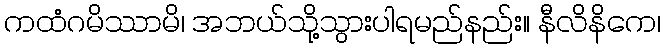
ကထံဂမိဿာမိ၊ အဘယ်သို့သွားပါရမည်နည်း။ နီလိနိကေ၊